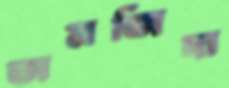
তামজিদা